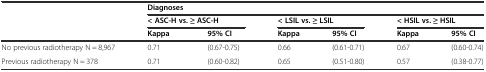
| <ROWSPAN=3>  | <COLSPAN=6> Diagnoses |
 | <COLSPAN=2> < ASC-H vs. ≥ ASC-H | <COLSPAN=2> < LSIL vs. ≥ LSIL | <COLSPAN=2> < HSIL vs. ≥ HSIL |
 | Kappa | 95% CI | Kappa | 95% CI | Kappa | 95% CI |
 | --- | --- | --- | --- | --- | --- | --- |
 | No previous radiotherapy N = 8,967 | 0.71 | (0.67-0.75) | 0.66 | (0.61-0.71) | 0.67 | (0.60-0.74) |
 | Previous radiotherapy N = 378 | 0.71 | (0.60-0.82) | 0.65 | (0.51-0.80) | 0.57 | (0.38-0.77) |